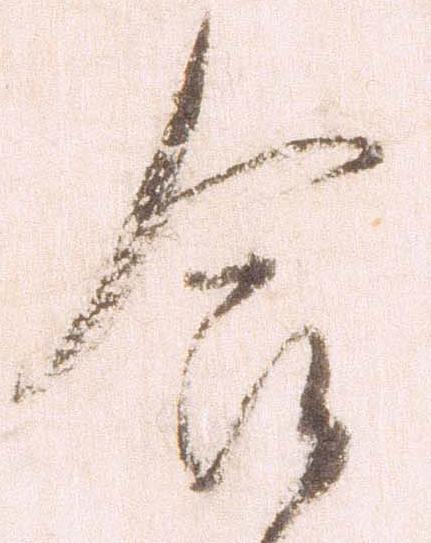
合